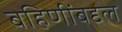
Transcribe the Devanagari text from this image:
बहिणींबद्दल